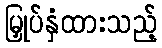
မြှုပ်နှံထားသည့်